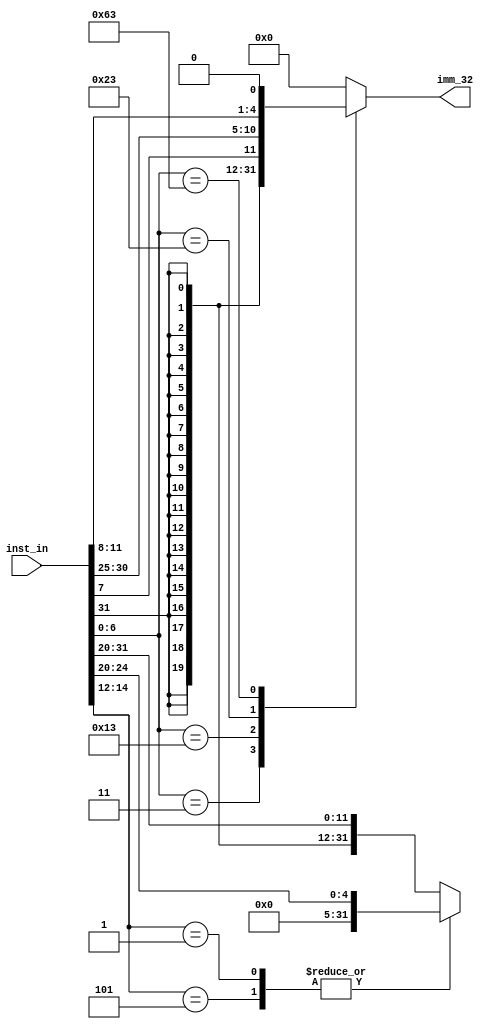
`timescale 1ps / 1ps
//////////////////////////////////////////////////////////////////////////////////
// Company: 
// Engineer: 
// 
// Design Name: 
// Module Name: SignExt
// Project Name: 
// Target Devices: 
// Tool Versions: 
// Description: 
// 
// Dependencies: 
// 
// Revision:
// Revision 0.01 - File Created
// Additional Comments:
// 
//////////////////////////////////////////////////////////////////////////////////


module SignExt(
    input [31:0] inst_in,
    output reg [31:0] imm_32
    );
    
    always @ (*) begin
        imm_32 = 0;
        case (inst_in[6:0]) 
            // L
            7'b0000011: begin
                imm_32 = {{20{inst_in[31]}}, inst_in[31:20]};
            end
            // I
            7'b0010011: begin
                case (inst_in[14:12])
                    // slli, srli, srai: unsigned
                    3'b001, 3'b101: begin
                        imm_32 = {27'b0, inst_in[24:20]};
                    end
                    // other I instructions
                    default: begin
                        imm_32 = {{20{inst_in[31]}}, inst_in[31:20]};
                    end
                endcase
            end
            // SB, SH, SW
            7'b0100011: begin 
                imm_32 = {{20{inst_in[31]}}, inst_in[31:25], inst_in[11:7]};
            end
            // Branch
            7'b1100011: begin
                imm_32 = {{19{inst_in[31]}}, inst_in[31], inst_in[7], inst_in[30:25], inst_in[11:8], 1'b0};
            end
        endcase
    end
    
endmodule